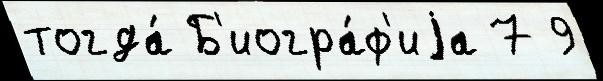
тогда́ Б'иогра́ф'иjа 7 9